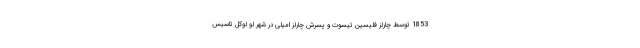
1853 توسط چارلز فلیسین تیسوت و پسرش چارلز امیلی در شهر لو لوکل تاسیس